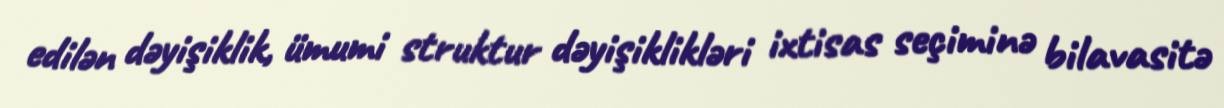
edilən dəyişiklik, ümumi struktur dəyişiklikləri ixtisas seçiminə bilavasitə